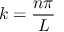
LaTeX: k = { \frac { n \pi } { L } }